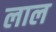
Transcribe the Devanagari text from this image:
लाल